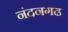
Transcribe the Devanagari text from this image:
नंदनगढ